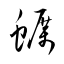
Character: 蠣